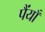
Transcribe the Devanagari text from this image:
पैंयाँ